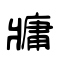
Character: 牅